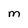
Character: M